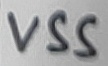
Text: VSS